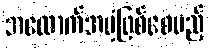
အထောက်အပံ့ဖြစ်စေမည့်